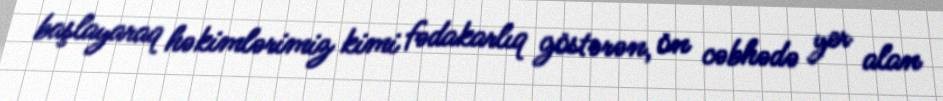
başlayaraq həkimlərimiz kimi fədakarlıq göstərən, ön cəbhədə yer alan